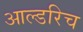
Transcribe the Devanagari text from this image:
आल्डरिच